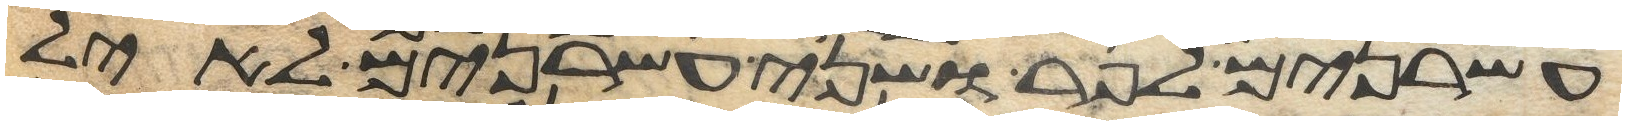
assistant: עשרנים לפר ושני עשרנים לאיל